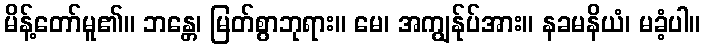
မိန့်တော်မူ၏။ ဘန္တေ၊ မြတ်စွာဘုရား။ မေ၊ အကျွန်ုပ်အား။ နခမနိယံ၊ မခံ့ပါ။